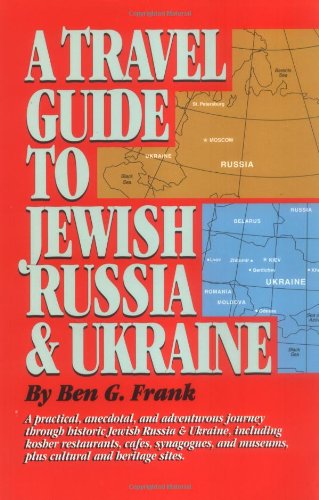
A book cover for Travel Guide to Jewish Russia & Ukraine, A; Ben Frank; Travel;